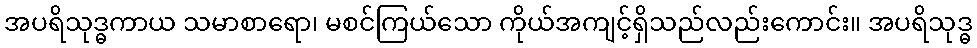
အပရိသုဒ္ဓကာယ သမာစာရော၊ မစင်ကြယ်သော ကိုယ်အကျင့်ရှိသည်လည်းကောင်း။ အပရိသုဒ္ဓ